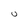
Character: 0